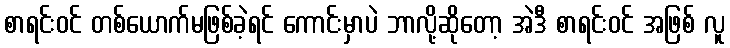
စာရင်းဝင် တစ်ယောက်မဖြစ်ခဲ့ရင် ကောင်းမှာပဲ ဘာလို့ဆိုတော့ အဲဒီ စာရင်းဝင် အဖြစ် လူ